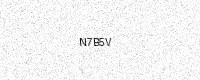
Text: N7B5V